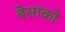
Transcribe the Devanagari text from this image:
बेसांको